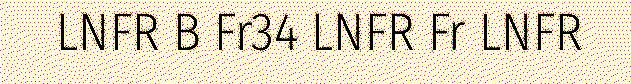
LNFR B Fr34 LNFR Fr LNFR